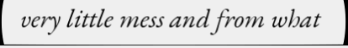
very little mess and from what